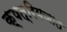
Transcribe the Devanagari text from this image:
क्षत्रियजात